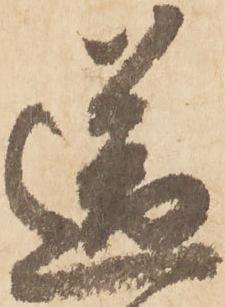
送